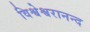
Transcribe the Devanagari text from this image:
विश्वेश्वरानन्द